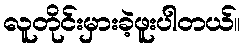
လူတိုင်းမှားခဲ့ဖူးပါတယ်။